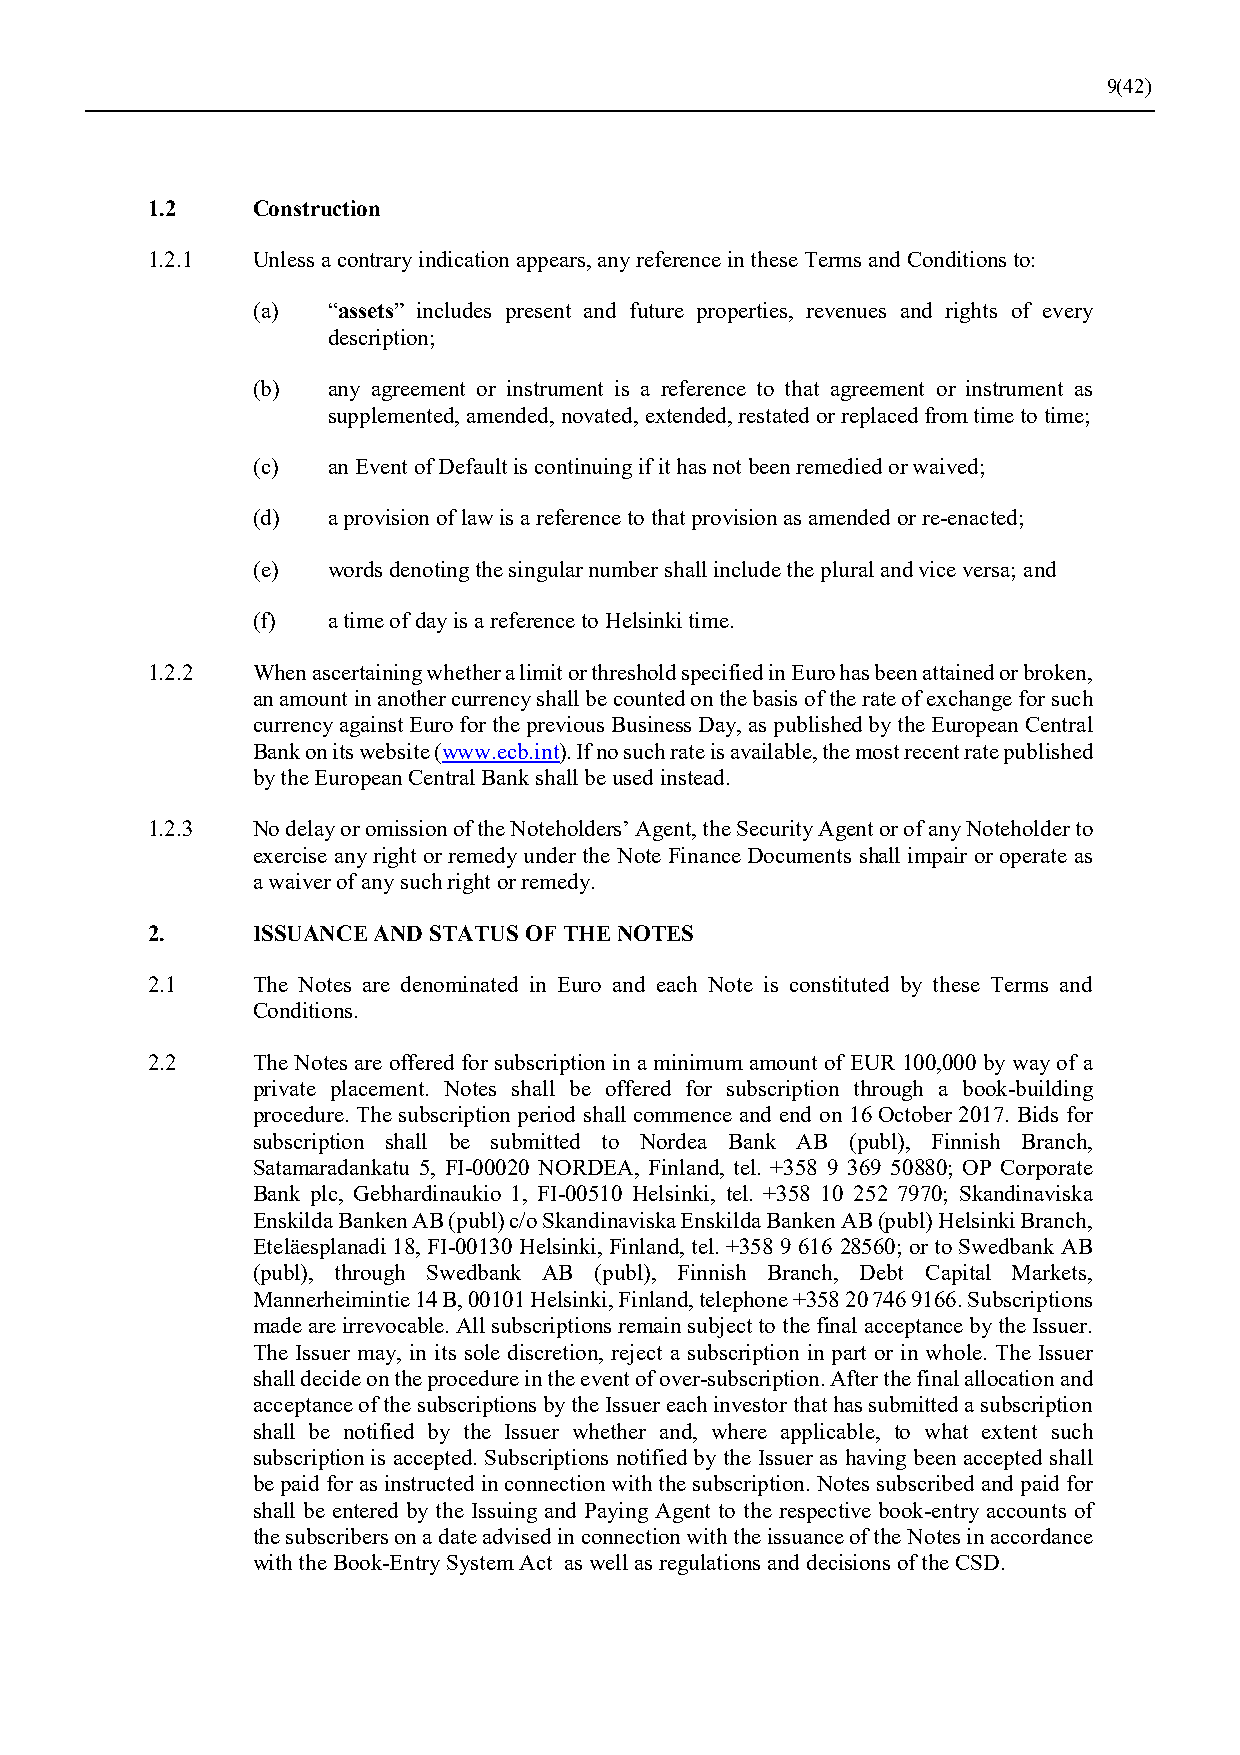
9(42)
 1.2    Construction
 1.2.1  Unless a contrary indication appears, any reference in these Terms and Conditions to:
 (a)  “assets” includes present and future properties, revenues and rights of every
 description;
 (b)  any agreement or instrument is a reference to that agreement or instrument as
 supplemented, amended, novated, extended, restated or replaced from time to time;
 (c)  an Event of Default is continuing if it has not been remedied or waived;
 (d)  a provision of law is a reference to that provision as amended or re-enacted;
 (e)  words denoting the singular number shall include the plural and vice versa; and
 (f)  a time of day is a reference to Helsinki time.
 1.2.2  When ascertaining whether a limit or threshold specified in Euro has been attained or broken,
 an amount in another currency shall be counted on the basis of the rate of exchange for such
 currency against Euro for the previous Business Day, as published by the European Central
 Bank on its website (www.ecb.int). If no such rate is available, the most recent rate published
 by the European Central Bank shall be used instead.
 1.2.3  No delay or omission of the Noteholders’ Agent, the Security Agent or of any Noteholder to
 exercise any right or remedy under the Note Finance Documents shall impair or operate as
 a waiver of any such right or remedy.
 2.     ISSUANCE AND STATUS OF THE NOTES
 2.1    The Notes are denominated in Euro and each Note is constituted by these Terms and
 Conditions.
 2.2    The Notes are offered for subscription in a minimum amount of EUR 100,000 by way of a
 private placement. Notes shall be offered for subscription through a book-building
 procedure. The subscription period shall commence and end on 16 October 2017. Bids for
 subscription shall be submitted to Nordea Bank AB (publ), Finnish Branch,
 Satamaradankatu 5, FI-00020 NORDEA, Finland, tel. +358 9 369 50880; OP Corporate
 Bank plc, Gebhardinaukio 1, FI-00510 Helsinki, tel. +358 10 252 7970; Skandinaviska
 Enskilda Banken AB (publ) c/o Skandinaviska Enskilda Banken AB (publ) Helsinki Branch,
 Eteläesplanadi 18, FI-00130 Helsinki, Finland, tel. +358 9 616 28560; or to Swedbank AB
 (publ), through Swedbank AB (publ), Finnish Branch, Debt Capital Markets,
 Mannerheimintie 14 B, 00101 Helsinki, Finland, telephone +358 20 746 9166. Subscriptions
 made are irrevocable. All subscriptions remain subject to the final acceptance by the Issuer.
 The Issuer may, in its sole discretion, reject a subscription in part or in whole. The Issuer
 shall decide on the procedure in the event of over-subscription. After the final allocation and
 acceptance of the subscriptions by the Issuer each investor that has submitted a subscription
 shall be notified by the Issuer whether and, where applicable, to what extent such
 subscription is accepted. Subscriptions notified by the Issuer as having been accepted shall
 be paid for as instructed in connection with the subscription. Notes subscribed and paid for
 shall be entered by the Issuing and Paying Agent to the respective book-entry accounts of
 the subscribers on a date advised in connection with the issuance of the Notes in accordance
 with the Book-Entry System Act as well as regulations and decisions of the CSD.